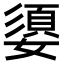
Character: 嬃